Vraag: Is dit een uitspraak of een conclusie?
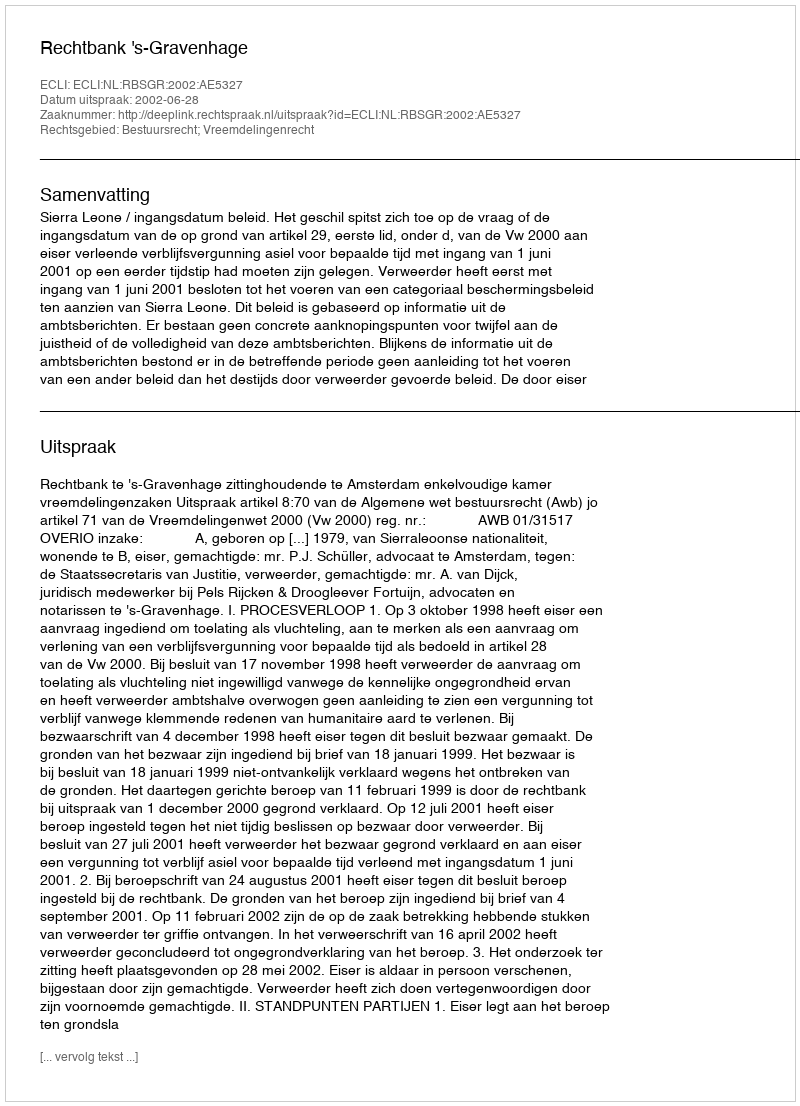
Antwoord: Uitspraak